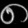
Digit: ၈